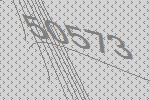
50573